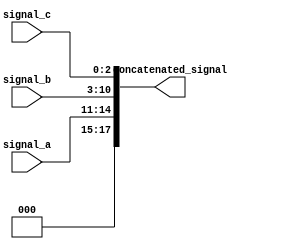
module concatenation_example (
    input wire [3:0]  signal_a,   // 4-bit input signal
    input wire [7:0]  signal_b,   // 8-bit input signal
    input wire [2:0]  signal_c,   // 3-bit input signal
    output wire [17:0] concatenated_signal  // Output signal (4 + 8 + 3 = 15 bits)
);

// Continuous assignment using the concatenation operator
assign concatenated_signal = {signal_a, signal_b, signal_c}; 

endmodule